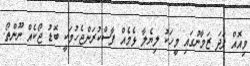
މިއޮއް ފަދަ ޒަމާނުގައި މީހަކު ލިޔެލާ ޅެމެއް ފާސްކުރަންޖެހުމަކީ ބޮޑު ޖޯކެއް ނޫންތޯ.